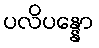
ပလိပန္နော